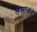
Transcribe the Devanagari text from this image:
लेखांकडे